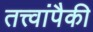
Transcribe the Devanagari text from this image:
तत्त्वांपैकी